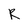
Character: R